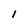
Character: l